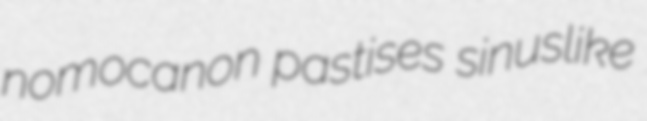
nomocanon pastises sinuslike